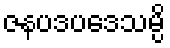
ဇနပဒပဒေသမ္ပိ